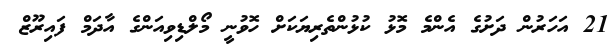
21 އަހަރުން ދަށުގެ އެންމެ މޮޅު ކުޅުންތެރިޔަކަށް ހޮވުނީ މޯލްޑިވިއަންގެ އާދަމް ފައިރޫޒް